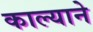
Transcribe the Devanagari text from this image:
काल्याने